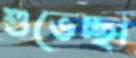
শুভেচ্ছা